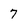
Character: 7